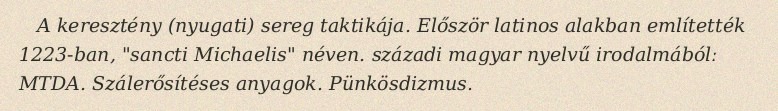
A keresztény (nyugati) sereg taktikája. Először latinos alakban említették 1223-ban, "sancti Michaelis" néven. századi magyar nyelvű irodalmábólː MTDA. Szálerősítéses anyagok. Pünkösdizmus.